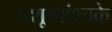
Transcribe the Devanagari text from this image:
पशून्तांश्चक्रे